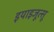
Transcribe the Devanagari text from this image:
इयाइजूत्सू